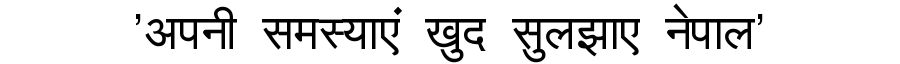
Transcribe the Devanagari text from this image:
'अपनी समस्याएं खुद सुलझाए नेपाल'